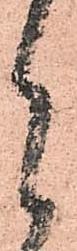
月